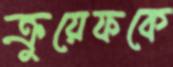
ক্রুয়েফকে